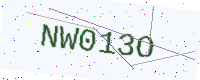
Text: NW013O